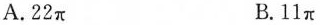
A.22π B.11π